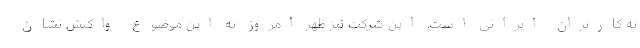
به کاربران ایرانی است. این شرکت نیز ظهر امروز به این موضوع واکنش نشان